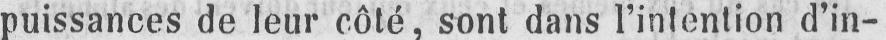
puissances de leur côté, sont dans l’intention d’in-